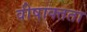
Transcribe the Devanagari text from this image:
वीषाक्तता